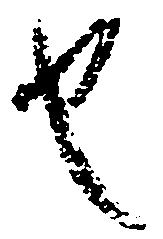
也